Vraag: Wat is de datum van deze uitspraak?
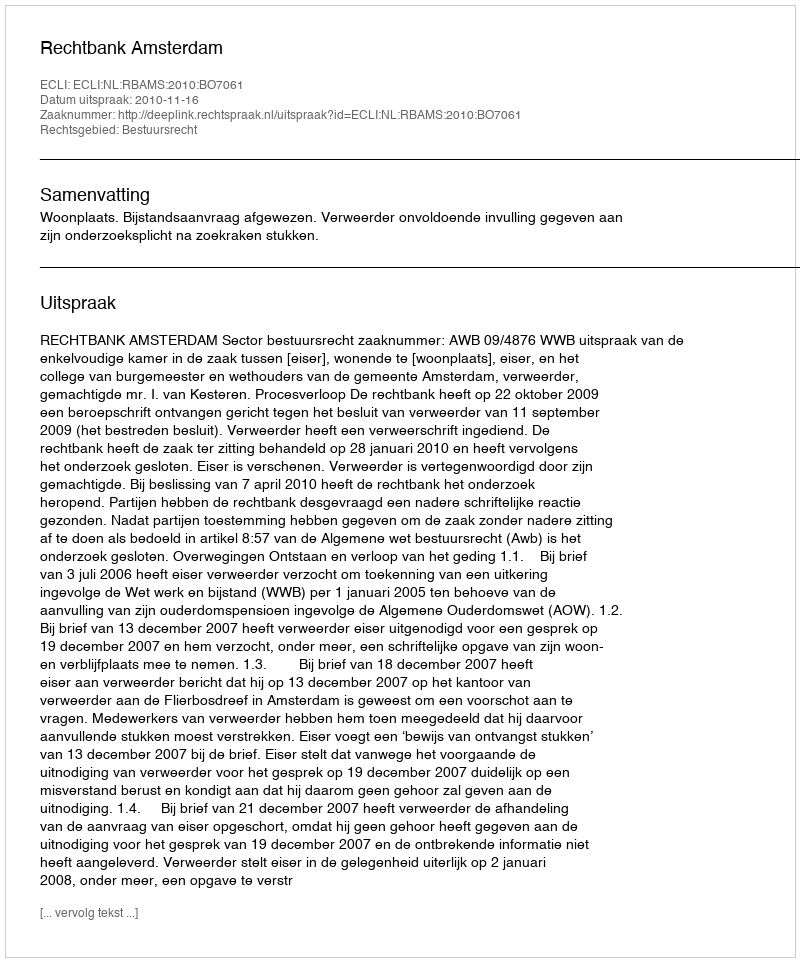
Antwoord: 2010-11-16